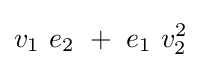
v_{1}~e_{2}~+~e_{1}~v_{2}^{2}